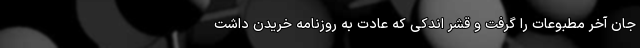
جان آخر مطبوعات را گرفت و قشر اندکی که عادت به روزنامه خریدن داشت